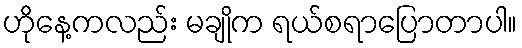
ဟိုနေ့ကလည်း မချိုက ရယ်စရာပြောတာပါ။